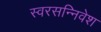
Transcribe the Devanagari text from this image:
स्वरसन्निवेश